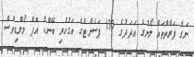
ނަގާ ފަރާތްތައް ލޯނުގެ އަދަދުގެ 130 ޕަސެންޓްގެ އަގުހުރި ބޭންކް އޮޕް މޯލްޑިވްސް